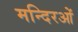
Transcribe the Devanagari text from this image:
मन्दिरओं